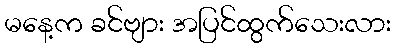
မနေ့က ခင်ဗျား အပြင်ထွက်သေးလား